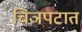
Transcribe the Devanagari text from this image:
चिञपटात